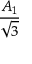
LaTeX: \frac { A _ { 1 } } { \sqrt { 3 } }